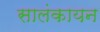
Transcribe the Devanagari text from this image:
सालंकायन